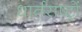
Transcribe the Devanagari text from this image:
धार्तराष्ट्रों